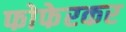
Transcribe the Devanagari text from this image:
फोफेरकर